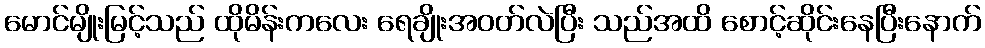
မောင်မျိုးမြင့်သည် ထိုမိန်းကလေး ရေချိုးအဝတ်လဲပြီး သည်အထိ စောင့်ဆိုင်းနေပြီးနောက်